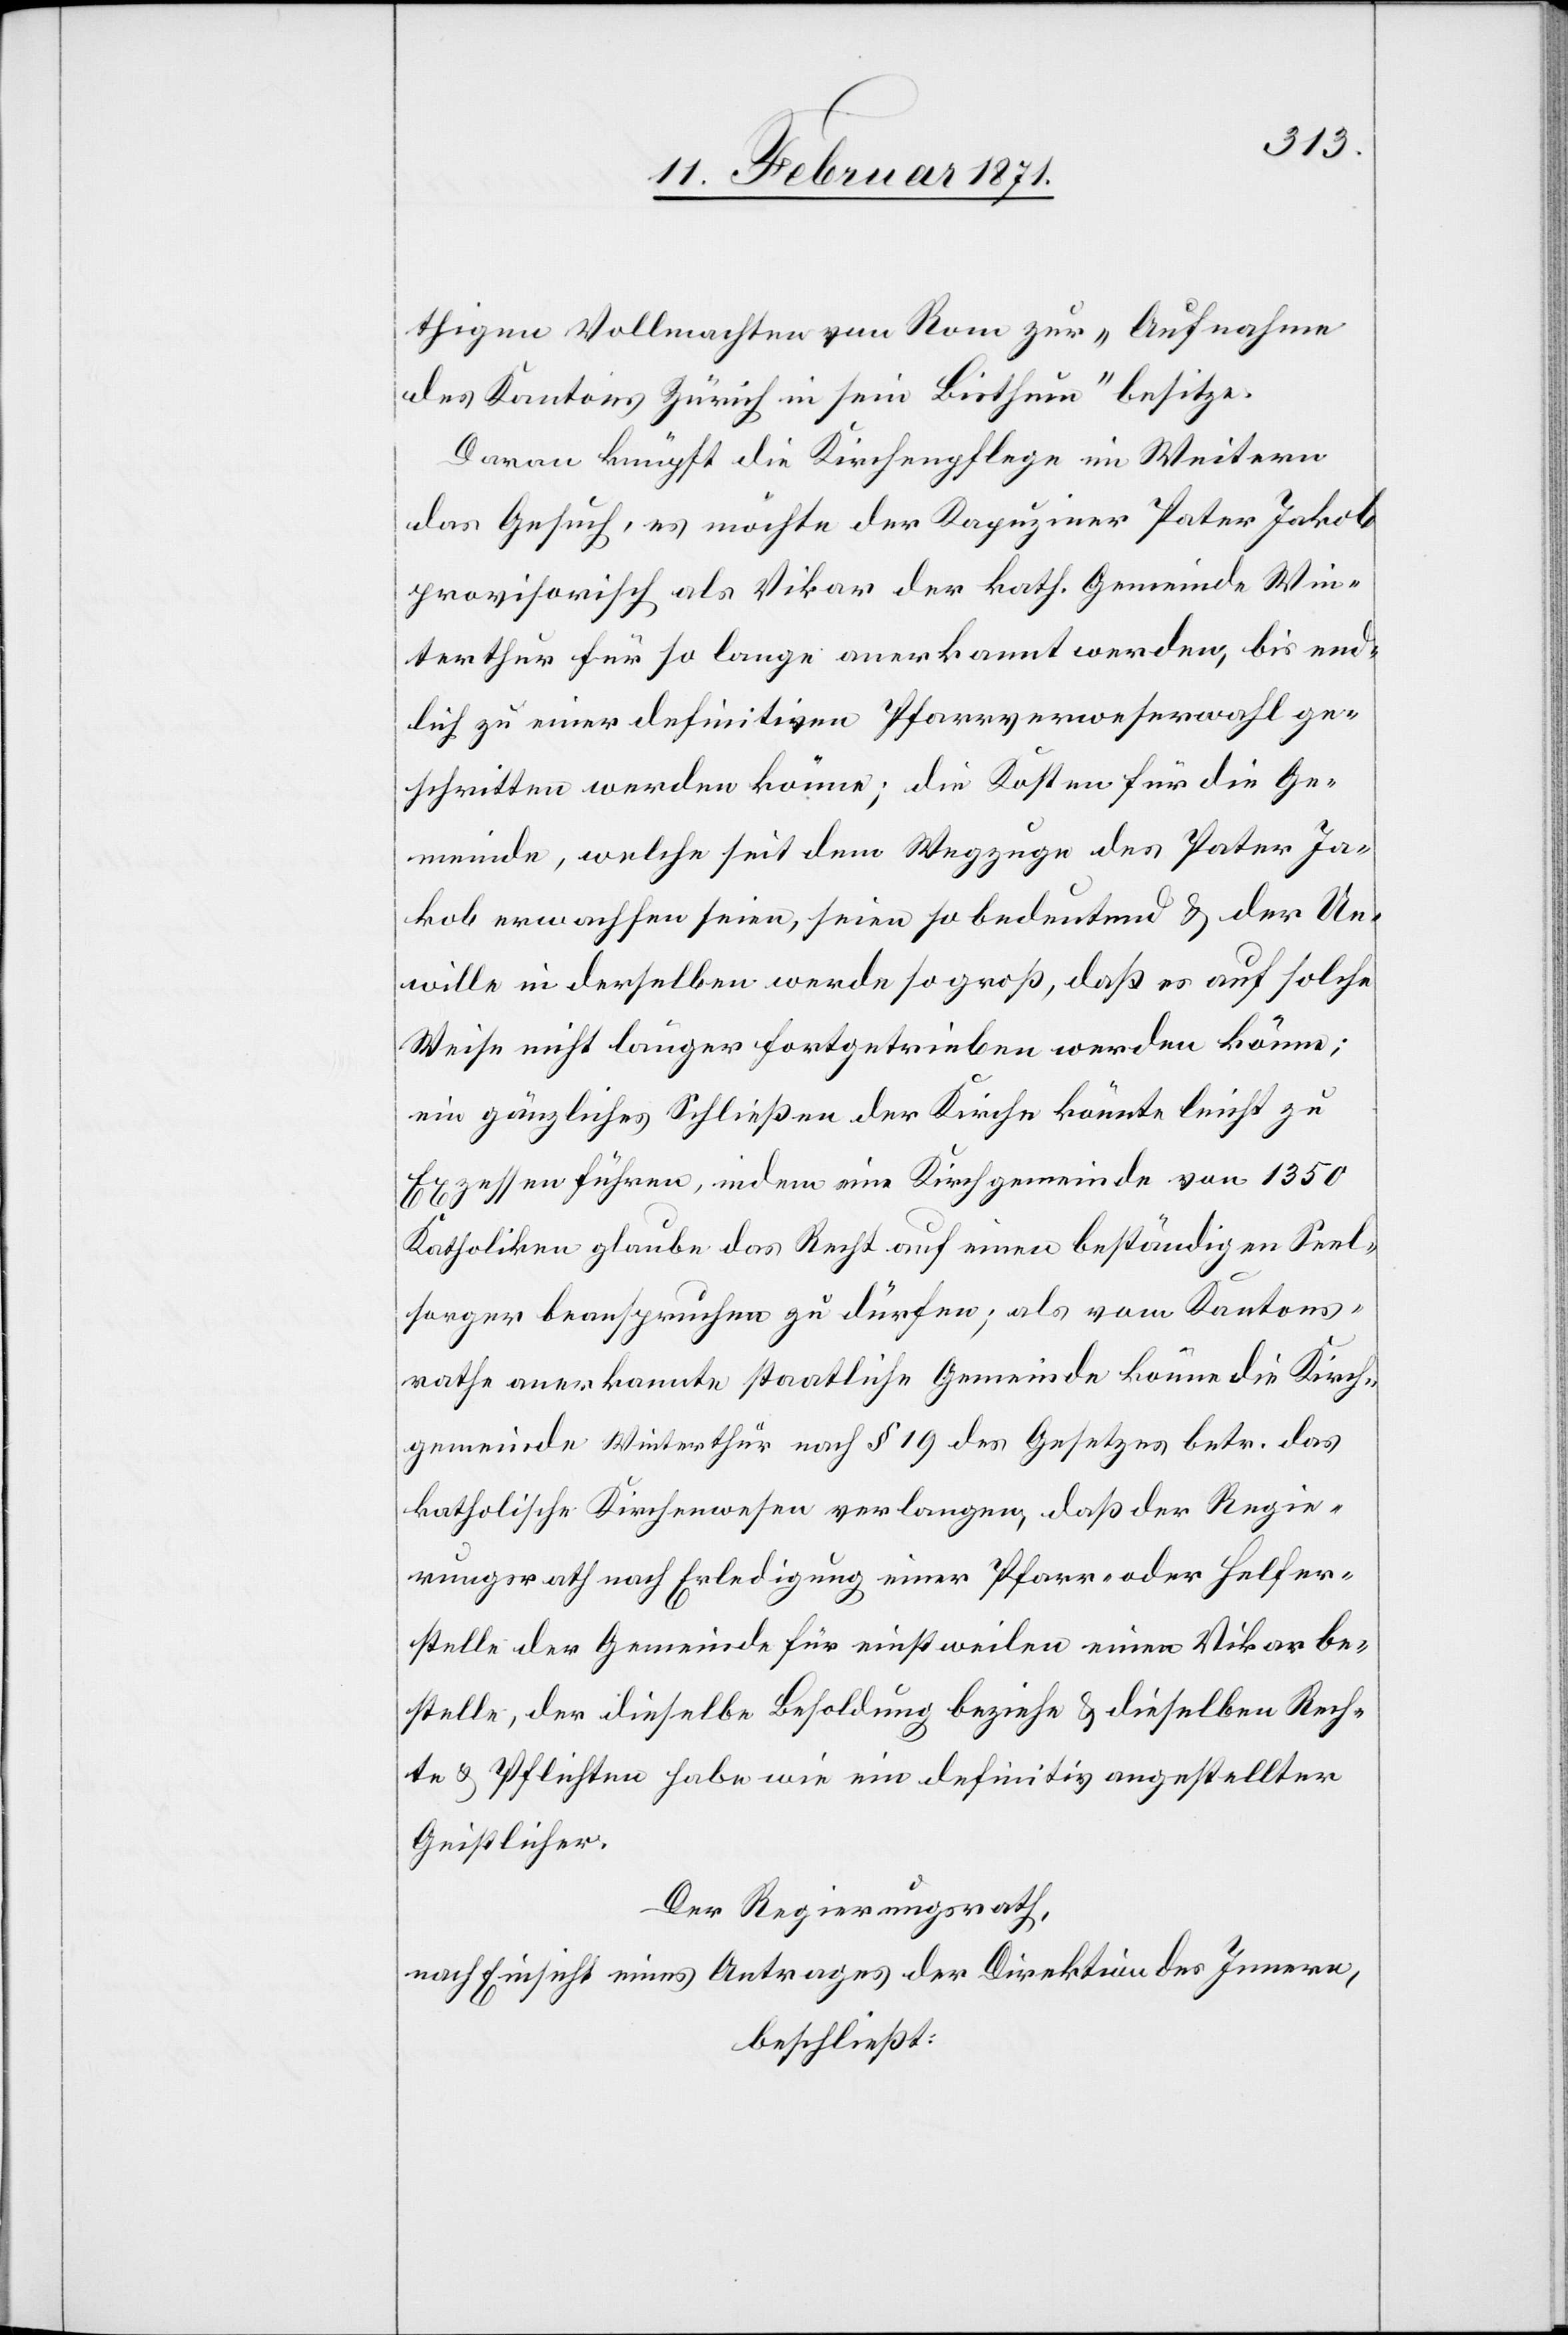
thigen Vollmachten von Rom zur „Aufnahmen
des Kantons Zürich in sein Bisthum“ besitze.
Daran knüpft die Kirchenpflege im Weitern
das Gesuch, es möchte der Kapuziner Pater Jakob
provisorisch als Vikar der kath. Gemeinde Win¬
terthur für so lange anerkannt werden, bis end¬
lich zu einer definitiven Pfarrverweserwahl ge¬
schritten werden könne; die Kosten für die Ge¬
meinde, welche seit dem Wegzuge des Pater Ja¬
kob erwachsen seien, seien so bedeutend u. der Un¬
wille in derselben werde so groß, daß es auf solche
Weise nicht länger fortgetrieben werden könne;
ein gänzliches Schließen der Kirche könnte leicht zu
Exzessen führen, indem eine Kirchgemeinde von 1350
Katholiken glaube das Recht auf einen beständigen Seel¬
sorger beanspruchen zu dürfen; als vom Kantons¬
rathe anerkannte staatliche Gemeinde könne die Kirch¬
gemeinde Winterthur nach § 19 des Gesetzes betr. das
katholische Kirchenwesen verlangen, daß der Regie¬
rungsrath nach Erledigung einer Pfarr- oder Helfer¬
stelle der Gemeinde für einstweilen einen Vikar be¬
stelle, der dieselbe Besoldung beziehe u. dieselben Rech¬
te u. Pflichten habe wie ein definitiv angestellter
Geistlicher.
Der Regierungsrath,
nach Einsicht eines Antrages der Direktion des Innern,
beschließt: